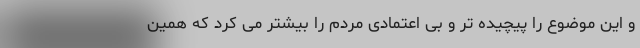
و این موضوع را پیچیده تر و بی اعتمادی مردم را بیشتر می کرد که همین